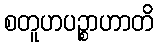
စတူဟပဉ္စာဟာတိ